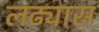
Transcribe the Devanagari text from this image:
लढ्यास